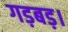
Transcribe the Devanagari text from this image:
गड़बड़।